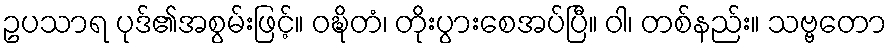
ဥပသာရ ပုဒ်၏အစွမ်းဖြင့်။ ဝဍ္ဎိတံ၊ တိုးပွားစေအပ်ပြီ။ ဝါ၊ တစ်နည်း။ သဗ္ဗတော